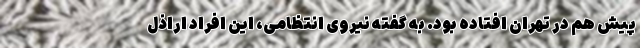
پیش هم در تهران افتاده بود. به گفته نیروی انتظامی، این افراد اراذل